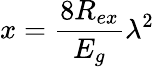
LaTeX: x=\frac{8R_{ex}}{E_{g}}\lambda^{2}